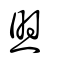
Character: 焸